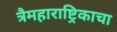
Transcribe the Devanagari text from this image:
त्रैमहाराष्ट्रिकाचा